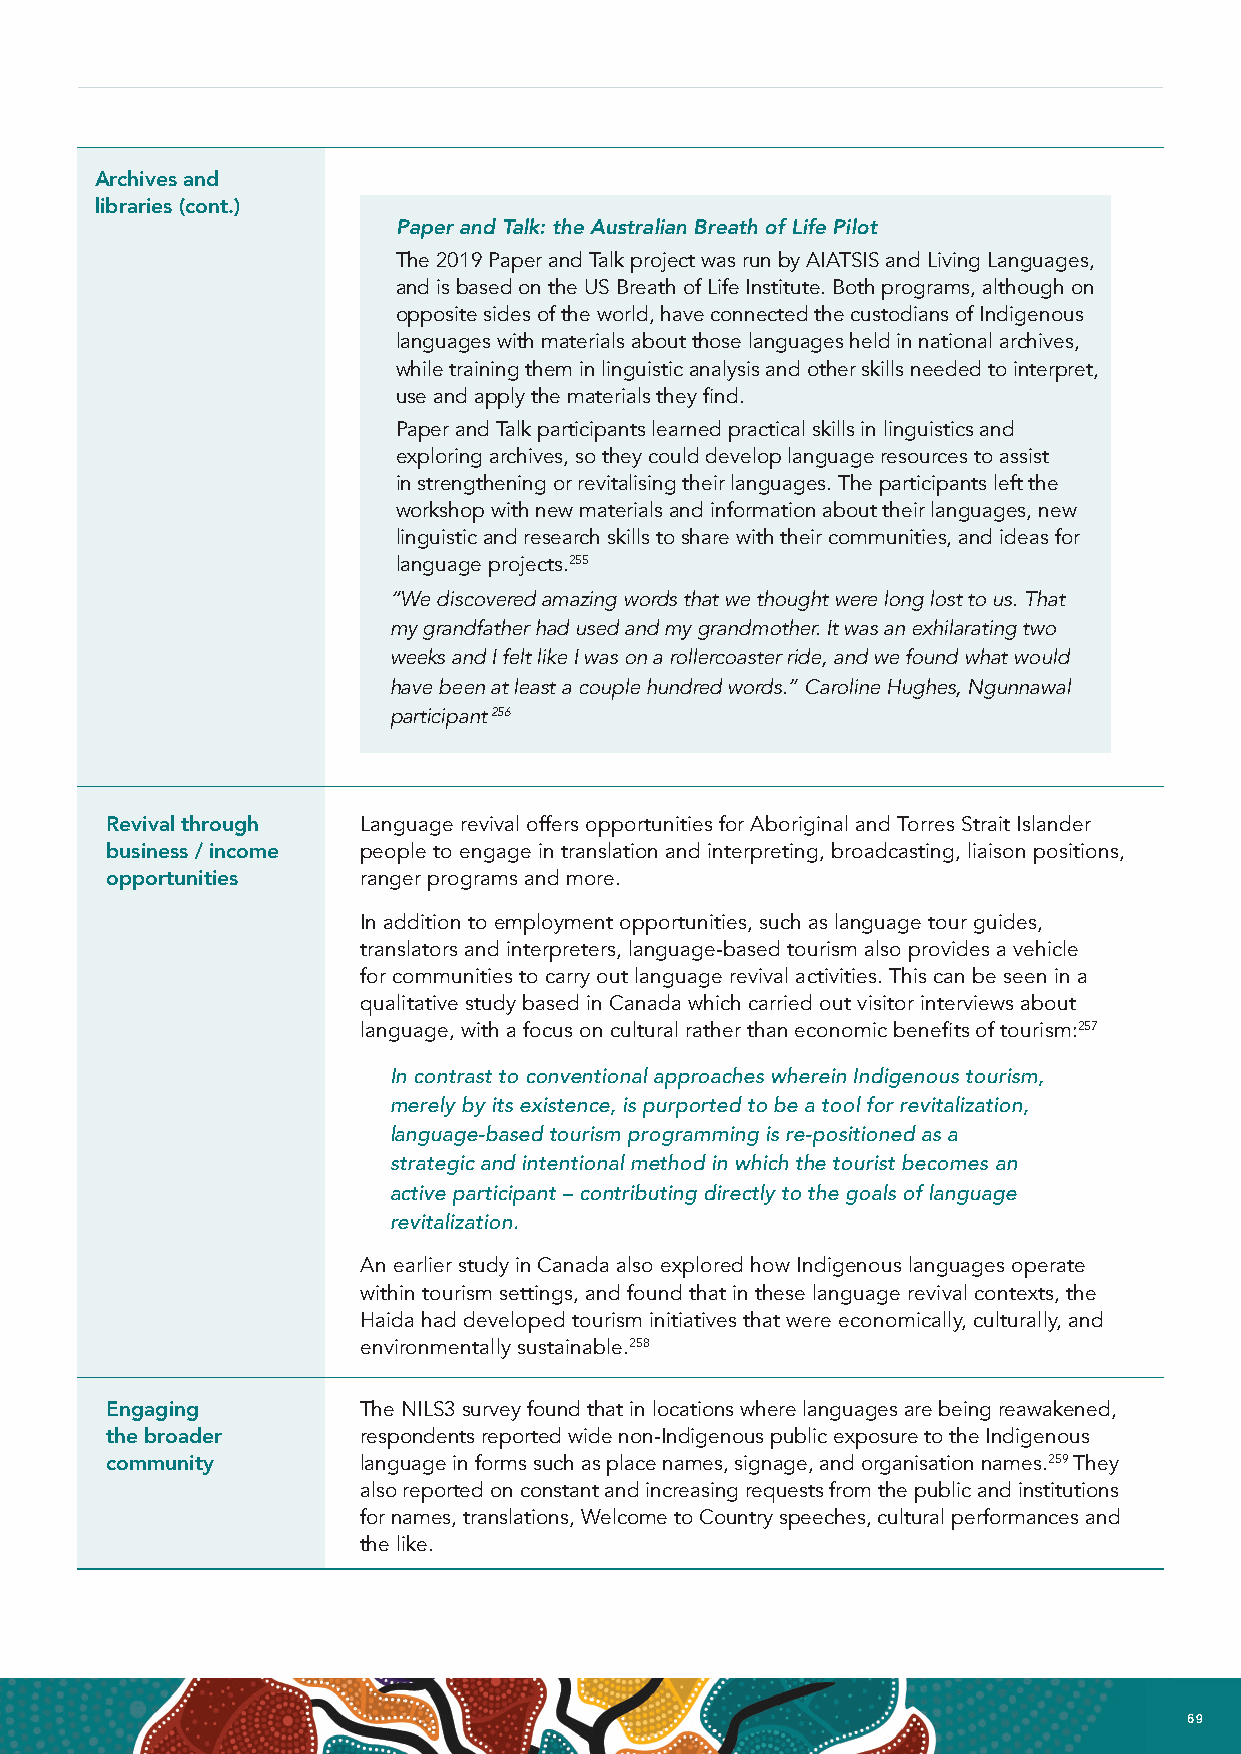
Archives and
 libraries (cont.)
 Paper and Talk: the Australian Breath of Life Pilot
 The 2019 Paper and Talk project was run by AIATSIS and Living Languages,
 and is based on the US Breath of Life Institute. Both programs, although on
 opposite sides of the world, have connected the custodians of Indigenous
 languages with materials about those languages held in national archives,
 while training them in linguistic analysis and other skills needed to interpret,
 use and apply the materials they find.
 Paper and Talk participants learned practical skills in linguistics and
 exploring archives, so they could develop language resources to assist
 in strengthening or revitalising their languages. The participants left the
 workshop with new materials and information about their languages, new
 linguistic and research skills to share with their communities, and ideas for
 language projects.255
 “We discovered amazing words that we thought were long lost to us. That
 my grandfather had used and my grandmother. It was an exhilarating two
 weeks and I felt like I was on a rollercoaster ride, and we found what would
 have been at least a couple hundred words.” Caroline Hughes, Ngunnawal
 participant 256
 Revival through  Language revival offers opportunities for Aboriginal and Torres Strait Islander
 business / income people to engage in translation and interpreting, broadcasting, liaison positions,
 opportunities    ranger programs and more.
 In addition to employment opportunities, such as language tour guides,
 translators and interpreters, language-based tourism also provides a vehicle
 for communities to carry out language revival activities. This can be seen in a
 qualitative study based in Canada which carried out visitor interviews about
 language, with a focus on cultural rather than economic benefits of tourism:257
 In contrast to conventional approaches wherein Indigenous tourism,
 merely by its existence, is purported to be a tool for revitalization,
 language-based tourism programming is re-positioned as a
 strategic and intentional method in which the tourist becomes an
 active participant – contributing directly to the goals of language
 revitalization.
 An earlier study in Canada also explored how Indigenous languages operate
 within tourism settings, and found that in these language revival contexts, the
 Haida had developed tourism initiatives that were economically, culturally, and
 environmentally sustainable.258
 Engaging         The NILS3 survey found that in locations where languages are being reawakened,
 the broader      respondents reported wide non-Indigenous public exposure to the Indigenous
 community        language in forms such as place names, signage, and organisation names.259 They
 also reported on constant and increasing requests from the public and institutions
 for names, translations, Welcome to Country speeches, cultural performances and
 the like.
 68 NATIONAL INDIGENOUS LANGUAGES REPORT                                        69